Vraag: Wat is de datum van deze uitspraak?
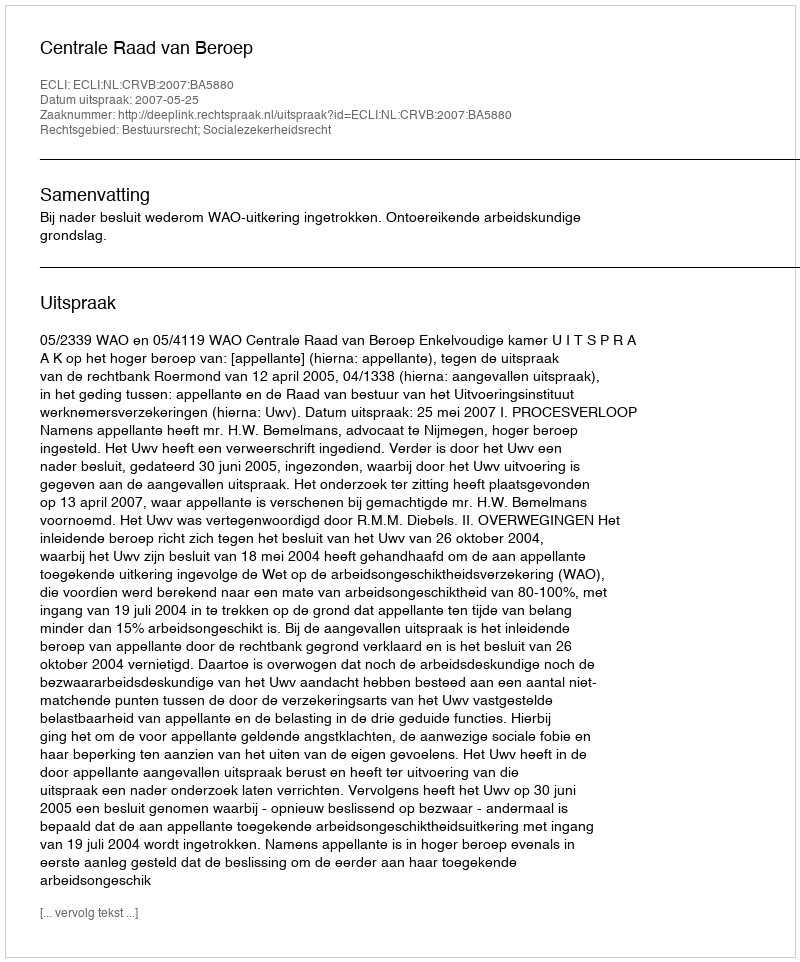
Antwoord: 2007-05-25